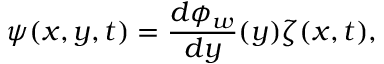
\psi ( x , y , t ) = \frac { d \phi _ { w } } { d y } ( y ) \zeta ( x , t ) ,